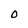
Character: 0